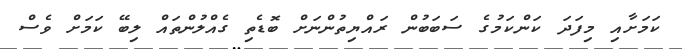
ކަމަށާއި މިފަދަ ކަންކަމުގެ ސަބަބުން ރައްޔިތުންނަށް ބޮޑެތި ގެއްލުންތައް ލިބޭ ކަމަށް ވެސް